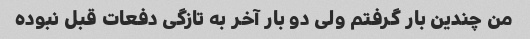
من چندین بار گرفتم ولی دو بار آخر به تازگی دفعات قبل نبوده